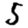
Digit: 5